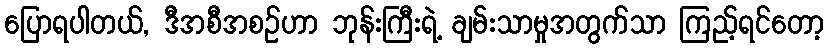
ပြောရပါတယ်, ဒီအစီအစဉ်ဟာ ဘုန်းကြီးရဲ့ ချမ်းသာမှုအတွက်သာ ကြည့်ရင်တော့